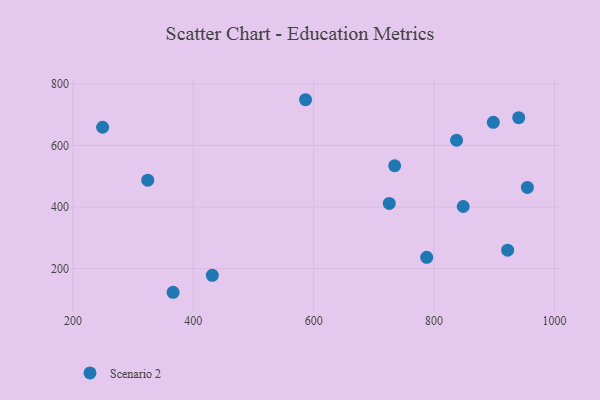
{"axis": {"x": "Price", "y": "Profit"}, "legend": ["Scenario 2"], "data": [{"x": "249.3", "y": 659.0, "type": "Scenario 2"}, {"x": "848.5", "y": 401.8, "type": "Scenario 2"}, {"x": "431.6", "y": 178.3, "type": "Scenario 2"}, {"x": "586.5", "y": 748.4, "type": "Scenario 2"}, {"x": "725.6", "y": 411.8, "type": "Scenario 2"}, {"x": "955.1", "y": 463.6, "type": "Scenario 2"}, {"x": "324.3", "y": 487.2, "type": "Scenario 2"}, {"x": "898.5", "y": 675.0, "type": "Scenario 2"}, {"x": "940.7", "y": 690.0, "type": "Scenario 2"}, {"x": "922.3", "y": 260.1, "type": "Scenario 2"}, {"x": "787.8", "y": 236.7, "type": "Scenario 2"}, {"x": "366.4", "y": 123.3, "type": "Scenario 2"}, {"x": "734.6", "y": 534.1, "type": "Scenario 2"}, {"x": "837.4", "y": 616.9, "type": "Scenario 2"}]}